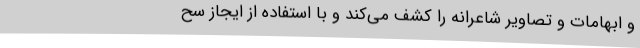
و ابهامات و تصاویر شاعرانه را کشف می‌کند و با استفاده از ایجاز سح